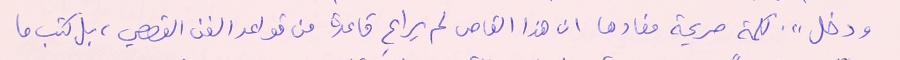
ودخل". كلمة صريحة مفادها ان هذا القاص لم يراعِ قاعدة من قواعد الفن القصصي، بل كتب ما